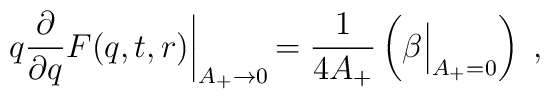
q\frac{\partial}{\partial q}F(q,t,r)\biggl|_{A_+\to 0}\, =\frac{1}{4A_+}\left(\beta\Bigl |_{A_+=0}\right)\; ,